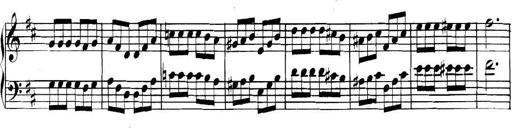
Title: Collected Piano Sonatas
Composer: Muzio Clementi